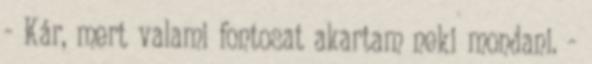
- Kár, mert valami fontosat akartam neki mondani. -